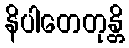
နိပါတေတုန္တိ